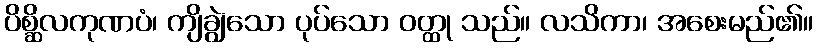
ပိစ္ဆိလကုဏပံ၊ ကျိချွဲသော ပုပ်သော ဝတ္ထု သည်။ လသိကာ၊ အစေးမည်၏။